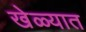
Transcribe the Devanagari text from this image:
खेळ्यात